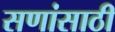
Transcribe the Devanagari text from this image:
सणांसाठी